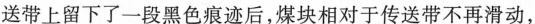
送带上留下了一段黑色痕迹后，煤块相对于传送带不再滑动，